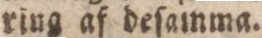
ring af deſamma.